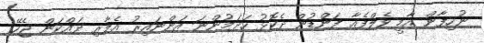
ނުހިފާން އާމީ ވެލްފެއާ ފަންޑުން ދެކޮޅު ހަދަމުންނަ އަންނައިރު އެލާރި ދައްކަން ޖެހޭ